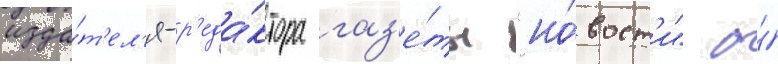
изда́т'ел'я-р'еда́ктора газ'е́ты "но́вост'и" о́